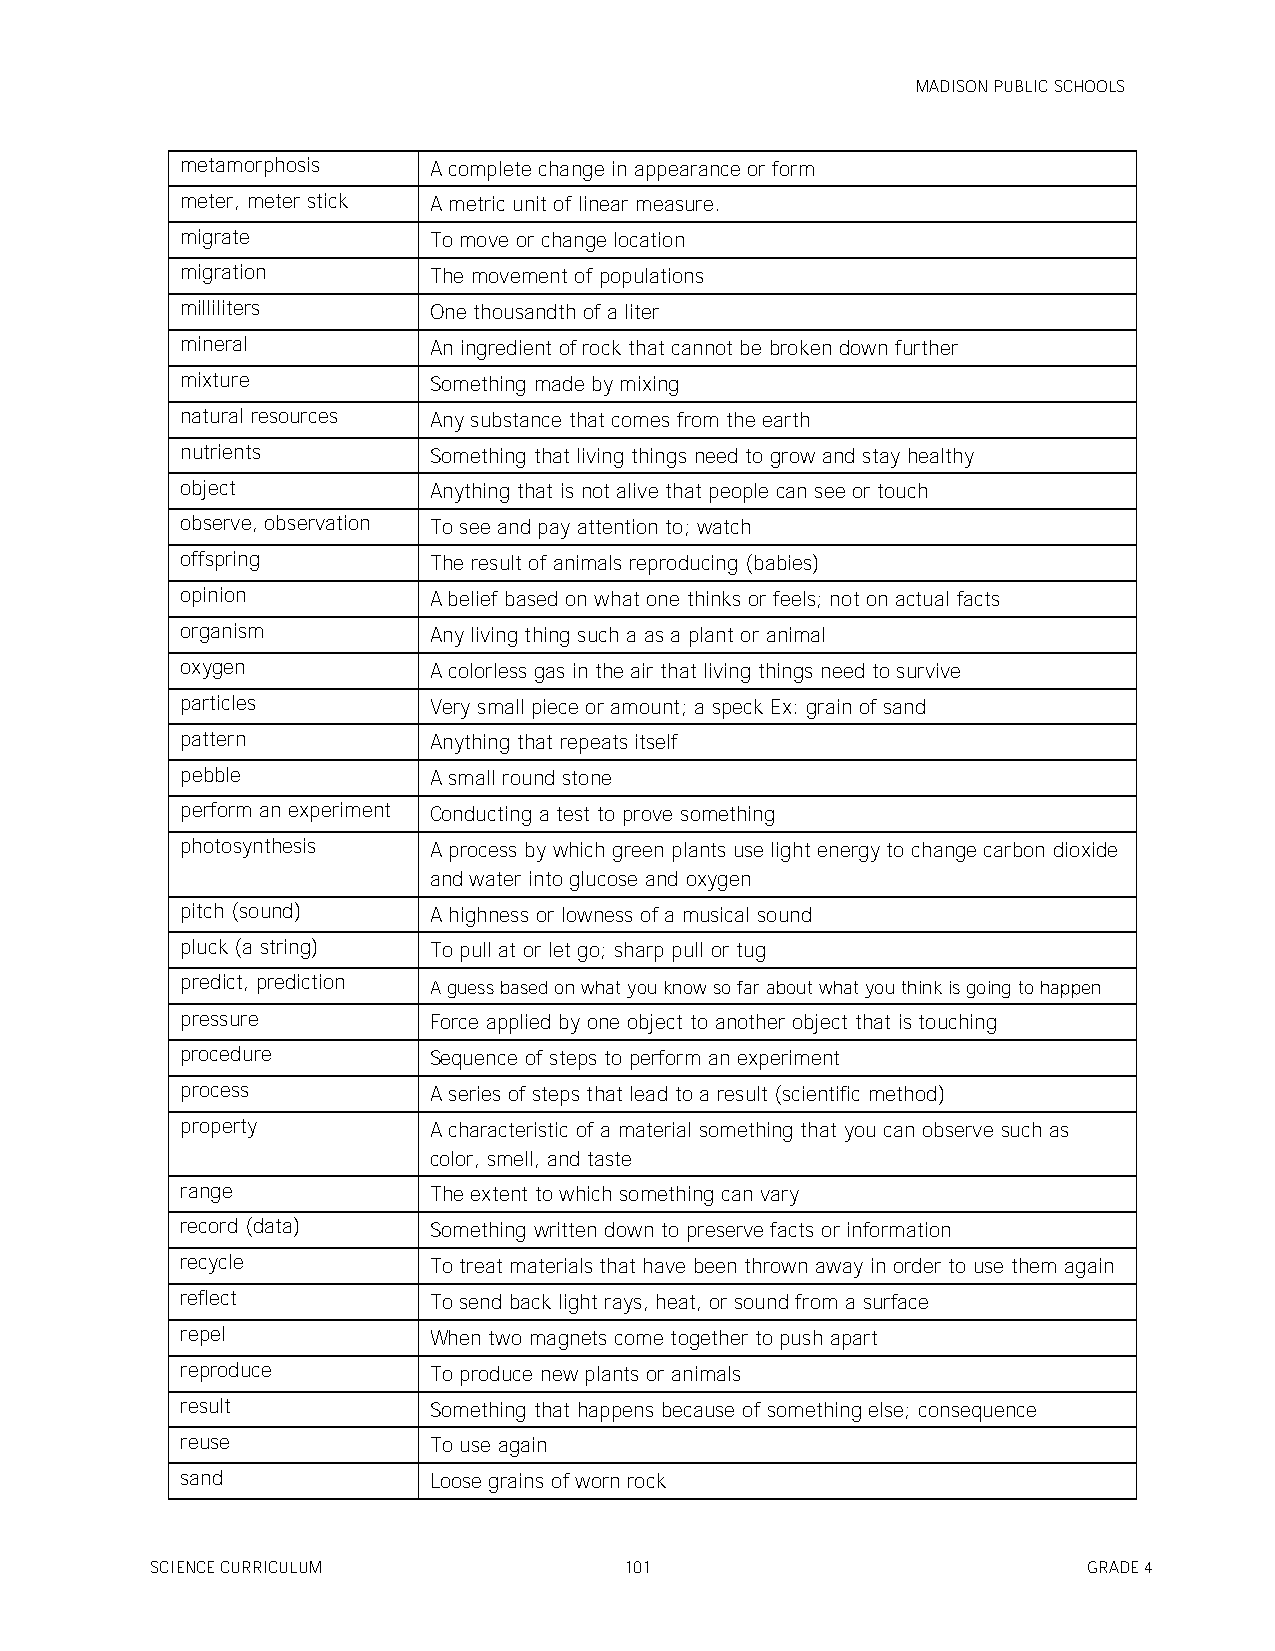
MADISON PUBLIC SCHOOLS
 metamorphosis   A complete change in appearance or form
 meter, meter stick A metric unit of linear measure.
 migrate         To move or change location
 migration       The movement of populations
 milliliters     One thousandth of a liter
 mineral         An ingredient of rock that cannot be broken down further
 mixture         Something made by mixing
 natural resources Any substance that comes from the earth
 nutrients       Something that living things need to grow and stay healthy
 object          Anything that is not alive that people can see or touch
 observe, observation To see and pay attention to; watch
 offspring       The result of animals reproducing (babies)
 opinion         A belief based on what one thinks or feels; not on actual facts
 organism        Any living thing such a as a plant or animal
 oxygen          A colorless gas in the air that living things need to survive
 particles       Very small piece or amount; a speck Ex: grain of sand
 pattern         Anything that repeats itself
 pebble          A small round stone
 perform an experiment Conducting a test to prove something
 photosynthesis  A process by which green plants use light energy to change carbon dioxide
 and water into glucose and oxygen
 pitch (sound)   A highness or lowness of a musical sound
 pluck (a string) To pull at or let go; sharp pull or tug
 predict, prediction A guess based on what you know so far about what you think is going to happen
 pressure        Force applied by one object to another object that is touching
 procedure       Sequence of steps to perform an experiment
 process         A series of steps that lead to a result (scientific method)
 property        A characteristic of a material something that you can observe such as
 color, smell, and taste
 range           The extent to which something can vary
 record (data)   Something written down to preserve facts or information
 recycle         To treat materials that have been thrown away in order to use them again
 reflect         To send back light rays, heat, or sound from a surface
 repel           When two magnets come together to push apart
 reproduce       To produce new plants or animals
 result          Something that happens because of something else; consequence
 reuse           To use again
 sand            Loose grains of worn rock
 SCIENCE CURRICULUM             101                            GRADE 4